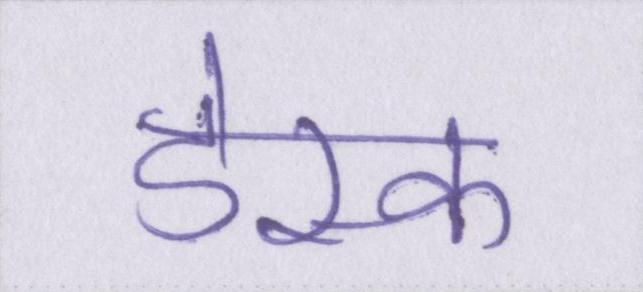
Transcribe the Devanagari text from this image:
डेस्क